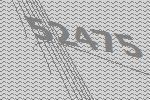
52475